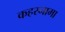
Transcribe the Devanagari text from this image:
कहरनामा